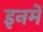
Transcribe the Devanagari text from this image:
इनमेँ